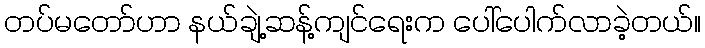
တပ်မတော်ဟာ နယ်ချဲ့ဆန့်ကျင်ရေးက ပေါ်ပေါက်လာခဲ့တယ်။